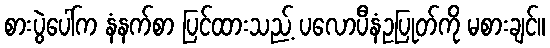
စားပွဲပေါ်က နံနက်စာ ပြင်ထားသည့် ပလောပီနံဥပြုတ်ကို မစားချင်။